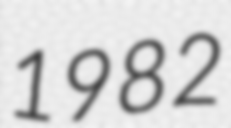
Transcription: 1982